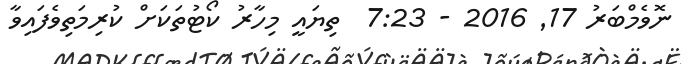
ނޮވެމްބަރު 17